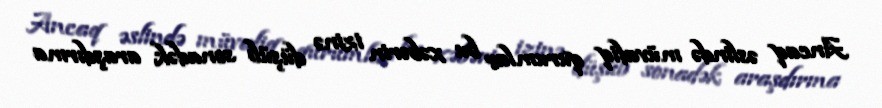
Ancaq əslində müvafiq qurumlar bu xəbərin izinə düşüb sonadək araşdırma